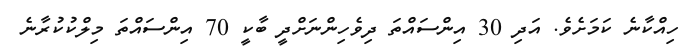
ހިއްކާނެ ކަމަށެވެ. އަދި 30 އިންސައްތަ ދިވެހިންނަށްދީ ބާކީ 70 އިންސައްތަ މިލްކުކުރާނެ